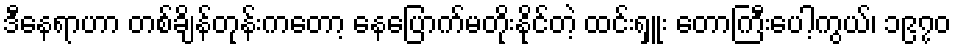
ဒီနေရာဟာ တစ်ချိန်တုန်းကတော့ နေပြောက်မတိုးနိုင်တဲ့ ထင်းရှူး တောကြီးပေါ့ကွယ်၊ ၁၉၇၀